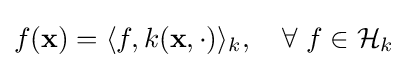
f(\mathbf {x} )=\langle f,k(\mathbf {x} ,\cdot )\rangle _{k},\quad \forall \ f\in {\mathcal {H}}_{k}